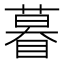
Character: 𬑤